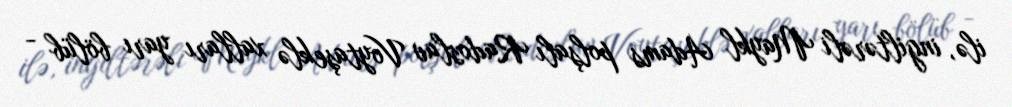
ilə, ingiltərəli Maykl Adams polşalı Radoslav Voytaşeklə xalları yarı bölüb -